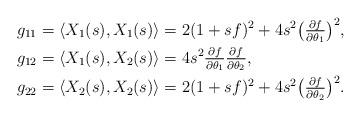
LaTeX: \begin{align*}g_{11}&=\langle X_1(s),X_1(s)\rangle =2(1+sf)^2+4s^2\big(\textstyle\frac{\partial f}{\partial\theta_1}\big)^2,\\g_{12}&=\langle X_1(s),X_2(s)\rangle=4s^2\textstyle\frac{\partial f}{\partial\theta_1}\frac{\partial f}{\partial \theta_2},\\g_{22}&=\langle X_2(s),X_2(s)\rangle =2(1+sf)^2+4s^2\big(\textstyle\frac{\partial f}{\partial\theta_2}\big)^2.\end{align*}